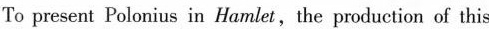
To present Polonius in Hamlet,the production of this